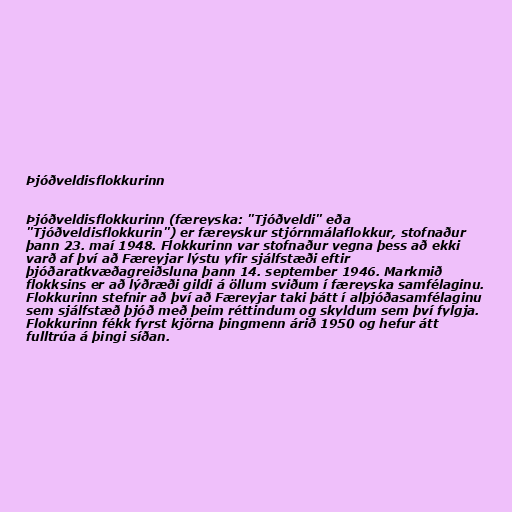
Þjóðveldisflokkurinn

Þjóðveldisflokkurinn (færeyska: "Tjóðveldi" eða
"Tjóðveldisflokkurin") er færeyskur stjórnmálaflokkur, stofnaður
þann 23. maí 1948. Flokkurinn var stofnaður vegna þess að ekki
varð af því að Færeyjar lýstu yfir sjálfstæði eftir
þjóðaratkvæðagreiðsluna þann 14. september 1946. Markmið
flokksins er að lýðræði gildi á öllum sviðum í færeyska samfélaginu.
Flokkurinn stefnir að því að Færeyjar taki þátt í alþjóðasamfélaginu
sem sjálfstæð þjóð með þeim réttindum og skyldum sem því fylgja.
Flokkurinn fékk fyrst kjörna þingmenn árið 1950 og hefur átt
fulltrúa á þingi síðan.